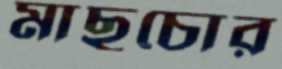
মাছচোর